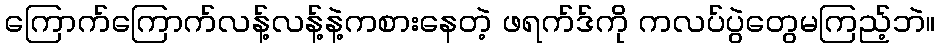
ကြောက်ကြောက်လန့်လန့်နဲ့ကစားနေတဲ့ ဖရက်ဒ်ကို ကလပ်ပွဲတွေမကြည့်ဘဲ။